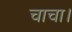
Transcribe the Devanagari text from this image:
चाचा।